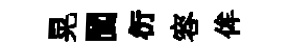
晃閬衍容侔